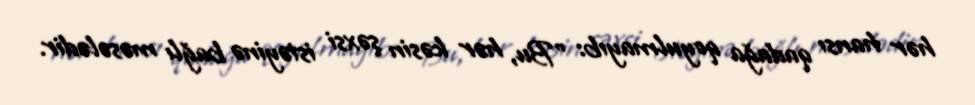
hər hansı qadağa qoyulmayıb: "Bu, hər kəsin şəxsi istəyinə bağlı məsələdir.